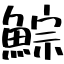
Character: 鯮